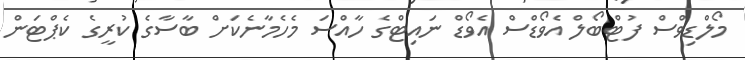
މޯލްޑިވްސް ފުޓްބޯލް އެވޯޑްސް އެވޯޑް ނައިޓްގެ ހާއްސަ މެހެމާނެކަށް ބާސާގެ ކުރީގެ ކެޕްޓަން